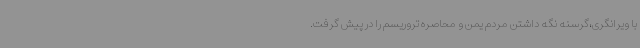
با ویرانگری،گرسنه نگه داشتن مردم یمن و محاصره تروریسم را در پیش گرفت.